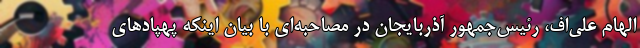
الهام علی‌اف، رئیس‌جمهور آذربایجان در مصاحبه‌ای با بیان اینکه پهپادهای